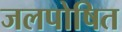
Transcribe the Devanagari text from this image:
जलपोषित